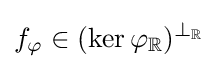
f_{\varphi }\in (\ker \varphi _{\mathbb {R} })^{\perp _{\mathbb {R} }}